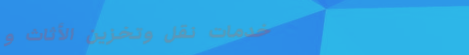
خدمات نقل وتخزين الأثاث و